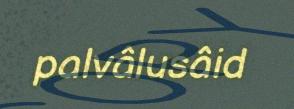
palvâlusâid